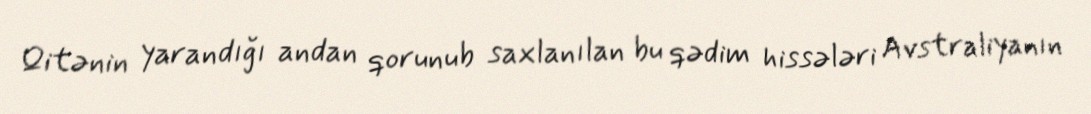
Qitənin yarandığı andan qorunub saxlanılan bu qədim hissələri Avstraliyanın